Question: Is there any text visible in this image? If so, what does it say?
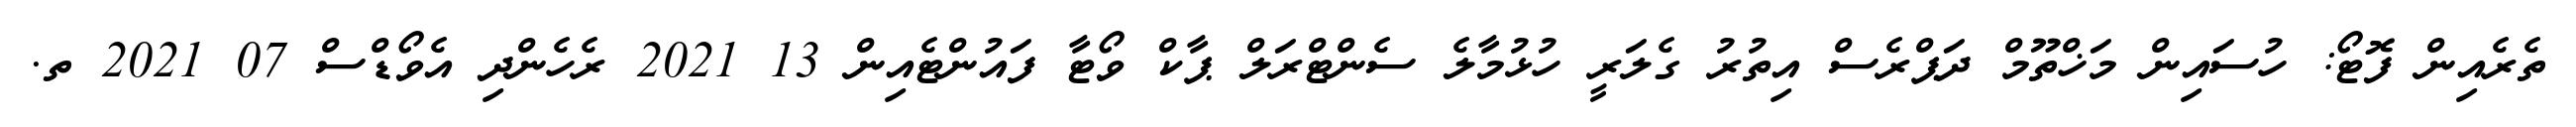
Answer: ތެރެއިން ފޮޓޯ: ހުސައިން މަޚްތޫމް ދަޕްރެސް އިތުރު ގެލަރީ ހުޅުމާލެ ސެންޓްރަލް ޕާކް ވޯޓާ ފައުންޓެއިން 13 2021 ރެހެންދި އެވޯޑްސް 07 2021 ތ.